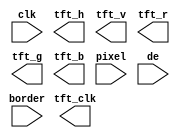
// Copyright (c) 2012-2013 Ludvig Strigeus
// This program is GPL Licensed. See COPYING for the full license.

module TftDriver(input clk,
                 output reg tft_h, output reg tft_v,
                 output reg [3:0] tft_r, output reg[3:0] tft_g, output reg[3:0] tft_b,
                 input [14:0] pixel,        // Pixel for current cycle.
                 input de,
                 input border, output tft_clk);


endmodule